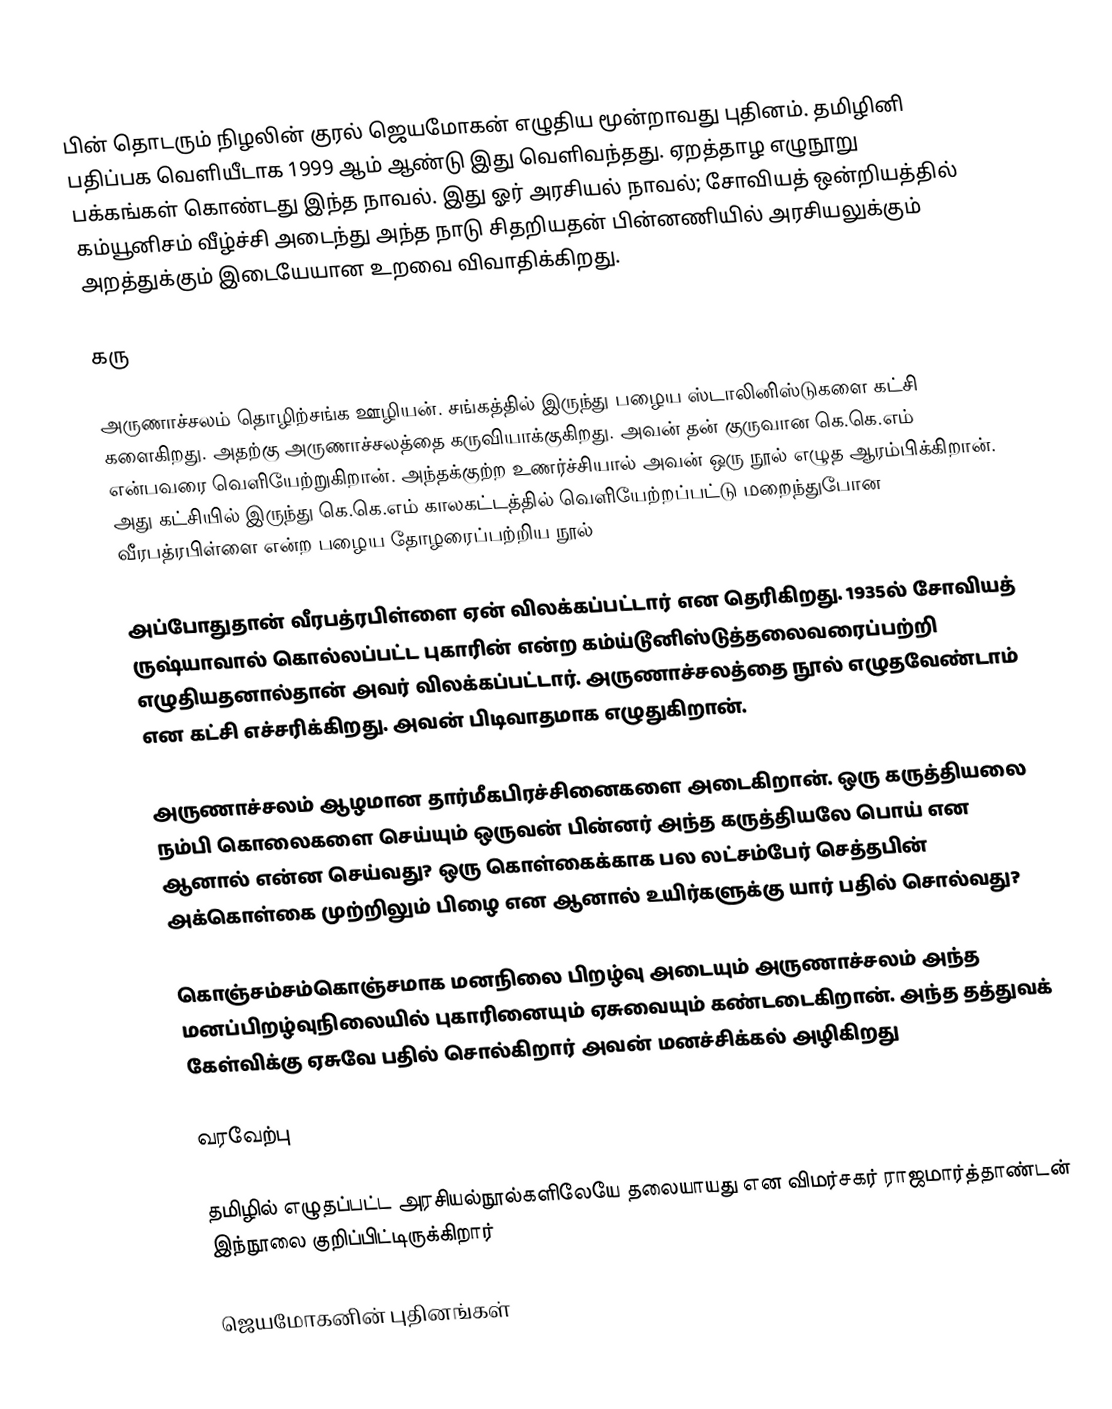
பின் தொடரும் நிழலின் குரல் ஜெயமோகன் எழுதிய மூன்றாவது புதினம். தமிழினி பதிப்பக வெளியீடாக 1999 ஆம் ஆண்டு இது வெளிவந்தது. ஏறத்தாழ எழுநூறு பக்கங்கள் கொண்டது இந்த நாவல். இது ஓர் அரசியல் நாவல்; சோவியத் ஒன்றியத்தில் கம்யூனிசம் வீழ்ச்சி அடைந்து அந்த நாடு சிதறியதன் பின்னணியில் அரசியலுக்கும் அறத்துக்கும் இடையேயான உறவை விவாதிக்கிறது.

கரு

அருணாச்சலம் தொழிற்சங்க ஊழியன். சங்கத்தில் இருந்து பழைய ஸ்டாலினிஸ்டுகளை கட்சி களைகிறது. அதற்கு அருணாச்சலத்தை கருவியாக்குகிறது. அவன் தன் குருவான கெ.கெ.எம் என்பவரை வெளியேற்றுகிறான். அந்தக்குற்ற உணர்ச்சியால் அவன் ஒரு நூல் எழுத ஆரம்பிக்கிறான். அது கட்சியில் இருந்து கெ.கெ.எம் காலகட்டத்தில் வெளியேற்றப்பட்டு மறைந்துபோன வீரபத்ரபிள்ளை என்ற பழைய தோழரைப்பற்றிய நூல்

அப்போதுதான் வீரபத்ரபிள்ளை ஏன் விலக்கப்பட்டார் என தெரிகிறது. 1935ல் சோவியத் ருஷ்யாவால் கொல்லப்பட்ட புகாரின் என்ற கம்ய்டூனிஸ்டுத்தலைவரைப்பற்றி எழுதியதனால்தான் அவர் விலக்கப்பட்டார். அருணாச்சலத்தை நூல் எழுதவேண்டாம் என கட்சி எச்சரிக்கிறது. அவன் பிடிவாதமாக எழுதுகிறான்.

அருணாச்சலம் ஆழமான தார்மீகபிரச்சினைகளை அடைகிறான். ஒரு கருத்தியலை நம்பி கொலைகளை செய்யும் ஒருவன் பின்னர் அந்த கருத்தியலே பொய் என ஆனால் என்ன செய்வது? ஒரு கொள்கைக்காக பல லட்சம்பேர் செத்தபின் அக்கொள்கை முற்றிலும் பிழை என ஆனால் உயிர்களுக்கு யார் பதில் சொல்வது?

கொஞ்சம்சம்கொஞ்சமாக மனநிலை பிறழ்வு அடையும் அருணாச்சலம் அந்த மனப்பிறழ்வுநிலையில் புகாரினையும் ஏசுவையும் கண்டடைகிறான். அந்த தத்துவக் கேள்விக்கு ஏசுவே பதில் சொல்கிறார் அவன் மனச்சிக்கல் அழிகிறது

வரவேற்பு

தமிழில் எழுதப்பட்ட அரசியல்நூல்களிலேயே தலையாயது என விமர்சகர் ராஜமார்த்தாண்டன் இந்நூலை குறிப்பிட்டிருக்கிறார்

ஜெயமோகனின் புதினங்கள்